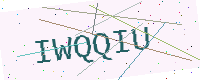
Text: IWQQIU